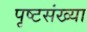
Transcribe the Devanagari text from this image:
पृष्टसंख्या